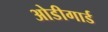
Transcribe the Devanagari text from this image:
ओडीगार्ड